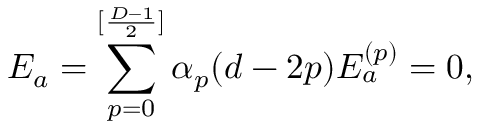
{ \cal E } _ { a } = \sum _ { p = 0 } ^ { [ \frac { D - 1 } { 2 } ] } \alpha _ { p } ( d - 2 p ) { \cal E } _ { a } ^ { ( p ) } = 0 ,